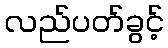
လည်ပတ်ခွင့်